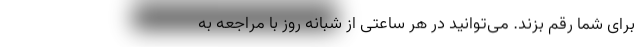
برای شما رقم بزند. می‌توانید در هر ساعتی از شبانه روز با مراجعه به